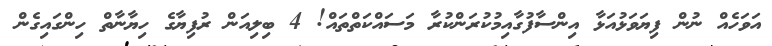
އަވަހެއް ނުން ފިޔަވަޅުއަޅާ އިންސާފުގާއިމުކުރަންކުރާ މަސައްކަތްތައް! 4 ބިލިއަން ރުފިޔާގެ ހިޔާނާތް ހިންގައިގެން